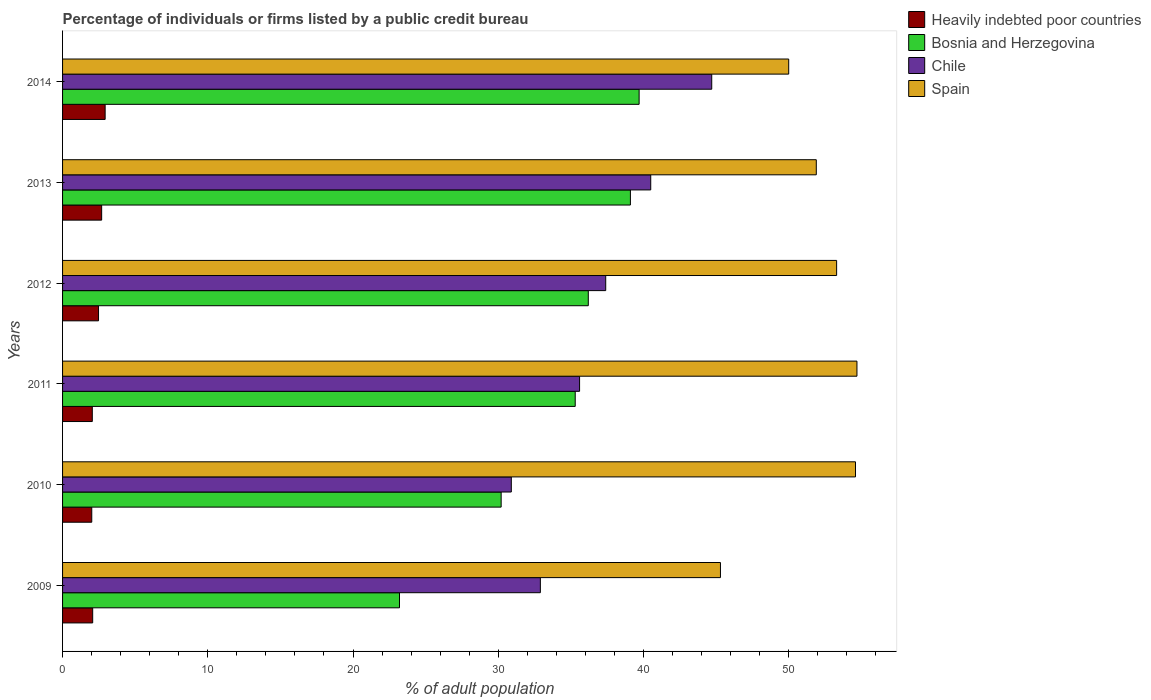
| Years | Heavily indebted poor countries | Bosnia and Herzegovina | Chile | Spain |
 | --- | --- | --- | --- | --- |
 | 2009 | 2.07 | 23.2 | 32.9 | 45.3 |
 | 2010 | 2.01 | 30.2 | 30.9 | 54.6 |
 | 2011 | 2.05 | 35.3 | 35.6 | 54.7 |
 | 2012 | 2.48 | 36.2 | 37.4 | 53.3 |
 | 2013 | 2.69 | 39.1 | 40.5 | 51.9 |
 | 2014 | 2.93 | 39.7 | 44.7 | 50 |